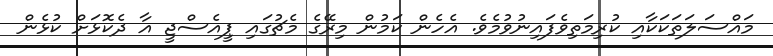
މައްސަލަތަކަކާއި ކުރިމަތިވެފައިނުވުމެވެ. އެހެން ކަމުން މިރޭގެ މެޗުގައި ޕީއެސްޖީ އާ ދެކޮޅަށް ކުޅެން